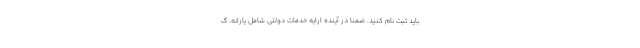
باید ثبت نام کنید. ضمنا در آینده ارایه خدمات دولتی شامل یارانه، گ